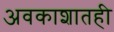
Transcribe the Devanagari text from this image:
अवकाशातही